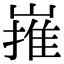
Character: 嶊